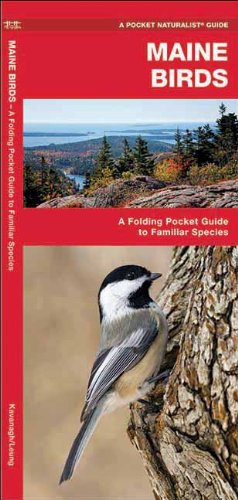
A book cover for Maine Birds: A Folding Pocket Guide to Familiar Species (Pocket Naturalist Guide Series); James Kavanagh; Travel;